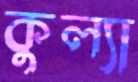
কুল্যা